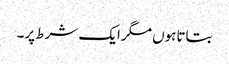
بتاتاہوں مگرایک شرط پر۔